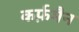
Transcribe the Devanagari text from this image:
कर्फ़मैन